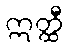
ဣတ္ထီ